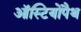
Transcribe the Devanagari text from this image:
ऑस्टियोपैथ